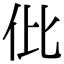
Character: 仳